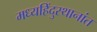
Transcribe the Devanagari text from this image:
मध्यहिंदुस्थानांत